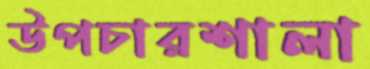
উপচারশালা